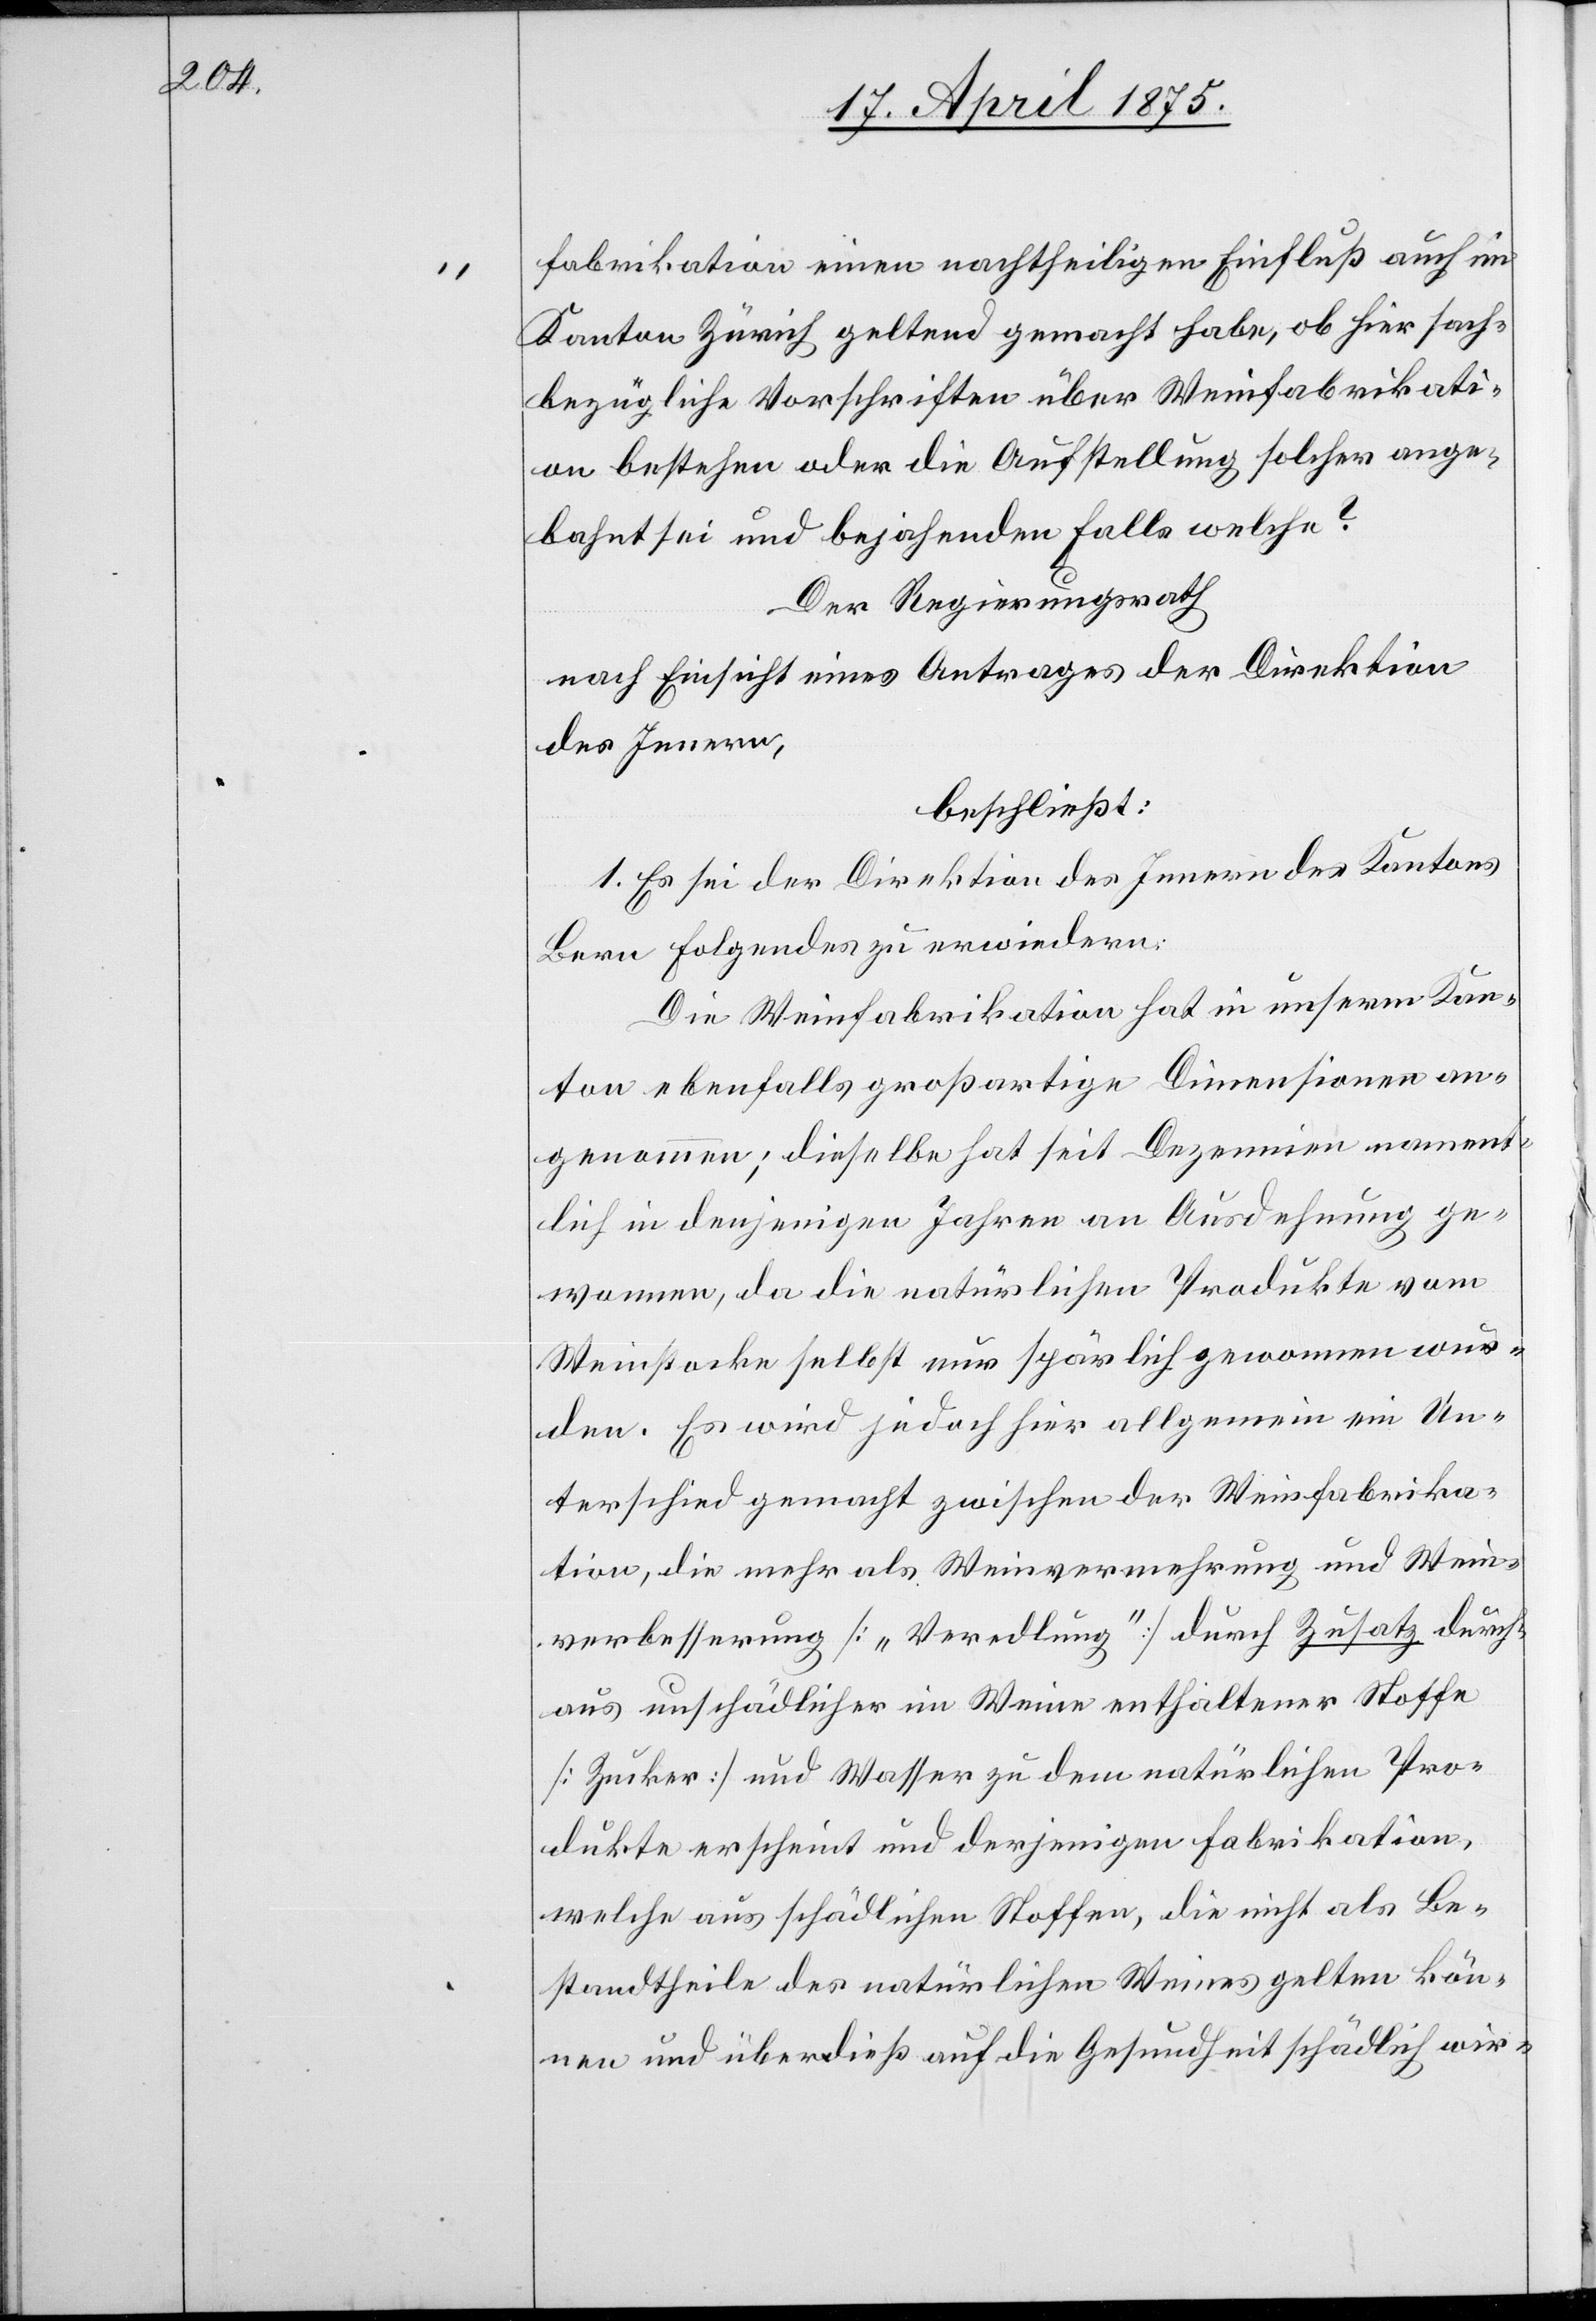
fabrikation einen nachtheiligen Einfluß auch im
Kanton Zürich geltend gemacht habe, ob hier sach¬
bezügliche Vorschriften über Weinfabrikati¬
on bestehen oder die Aufstellung solcher ange¬
bahnt sei und bejahenden Falls welche?
Der Regierungsrath
nach Einsicht eines Antrages der Direktion
des Innern,
beschließt:
1. Es sei der Direktion des Innern des Kantons
Bern Folgendes zu erwiedern:
Die Weinfabrikation hat in unserm Kan¬
ton ebenfalls großartige Dimensionen an¬
genommen; dieselbe hat seit Dezennien nament¬
lich in denjenigen Jahren an Ausdehnung ge¬
wonnen, da die natürlichen Produkte vom
Weinstocke selbst nur spärlich gewonnen wur¬
den. Es wird jedoch hier allgemein ein Un¬
terschied gemacht zwischen der Weinfabrika¬
tion, die mehr als Weinvermehrung und Wein¬
verbesserung [„Veredlung“] durch Zusatz durch¬
aus unschädlicher im Weine enthaltene Stoffe
[Zucker] und Wasser zu dem natürlichen Pro¬
dukte erscheint und derjenigen Fabrikation,
welche aus schädlichen Stoffen, die nicht als Be¬
standtheile des natürlichen Weines gelten kön¬
nen und überdieß auf die Gesundheit schädlich wir-